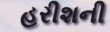
હરીશની